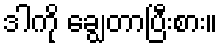
ဒါကို ချွေတာပြီးစား။